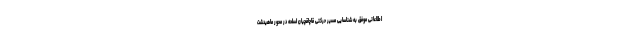
اطلاعاتی موفق به شناسایی مسیر حرکتی قاچاقچیان اسلحه در محور ماهیدشت